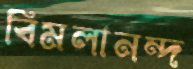
বিমলানন্দ